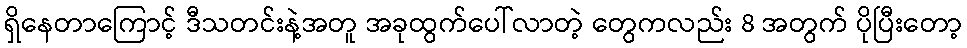
ရှိနေတာကြောင့် ဒီသတင်းနဲ့အတူ အခုထွက်ပေါ်လာတဲ့ တွေကလည်း 8 အတွက် ပိုပြီးတော့